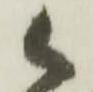
御